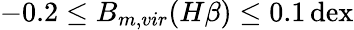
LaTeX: -0.2\leq B_{m,vir}(H\beta)\leq 0.1\, \mathrm{dex}